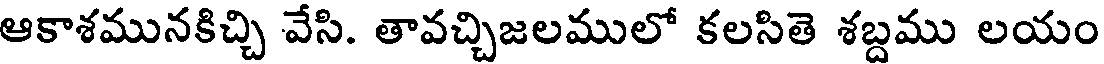
ఆకాశమునకిచ్చి వేసి. తావచ్చిజలములో కలసితె శబ్దము లయం